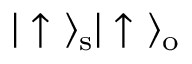
| \uparrow \ \rangle _ { \mathrm { s } } | \uparrow \ \rangle _ { \mathrm { o } }